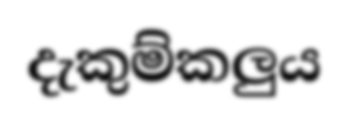
දැකුම්කලුය